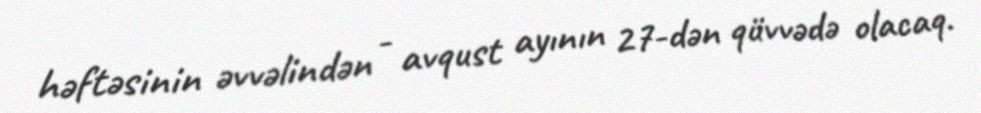
həftəsinin əvvəlindən - avqust ayının 27-dən qüvvədə olacaq.